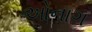
ઓનાગ